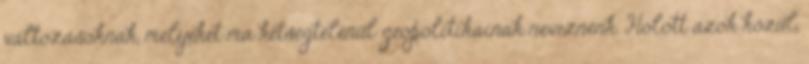
változásoknak, melyeket ma kétségtelenül geopolitikainak neveznénk. Holott azok közül,